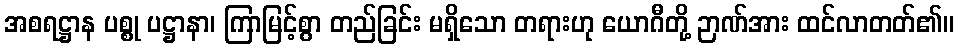
အစရဋ္ဌာန ပစ္စု ပဋ္ဌာနာ၊ ကြာမြင့်စွာ တည်ခြင်း မရှိသော တရားဟု ယောဂီတို့ ဉာဏ်အား ထင်လာတတ်၏။